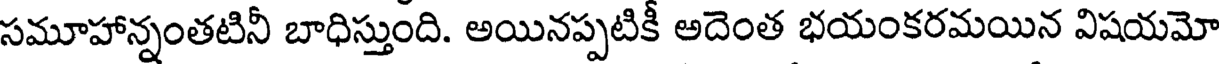
సమూహాన్నంతటినీ బాధిస్తుంది. అయినప్పటికీ అదెంత భయంకరమయిన విషయమో